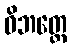
ဝိဘတ္တေ